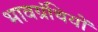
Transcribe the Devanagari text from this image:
भावग्रंथियों